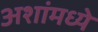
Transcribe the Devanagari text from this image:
अशांमध्ये